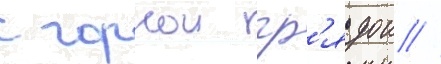
с горнои гр'ядои //